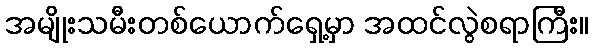
အမျိုးသမီးတစ်ယောက်ရှေ့မှာ အထင်လွဲစရာကြီး။